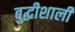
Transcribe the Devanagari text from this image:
बुद्धीशाली